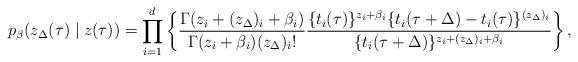
\begin{align*}p_\beta & (z_\Delta(\tau) \mid z(\tau)) =\prod^d_{i=1}\left\{\frac{\Gamma (z_i + (z_\Delta)_i + \beta_i)}{\Gamma (z_i + \beta_i) (z_\Delta)_i!}\frac{\{t_i(\tau)\}^{z_i + \beta_i}\{t_i(\tau+\Delta) - t_i(\tau)\}^{(z_\Delta)_i}}{\{t_i(\tau+\Delta)\}^{z_i + (z_\Delta)_i + \beta_i}}\right\},\end{align*}